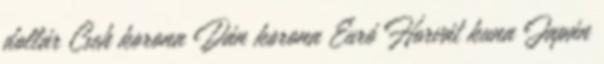
dollár Cseh korona Dán korona Euró Horvát kuna Japán